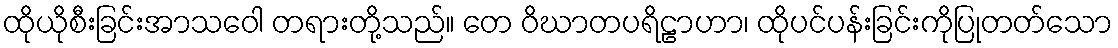
ထိုယိုစီးခြင်းအာသဝေါ တရားတို့သည်။ တေ ဝိဃာတပရိဠာဟာ၊ ထိုပင်ပန်းခြင်းကိုပြုတတ်သော